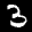
Label: 3